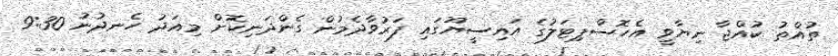
ތުއްތު ކުއްޖާ ނިޔާވީ އެހޮސްޕިޓަލުގެ އައިސީޔޫގައި ފަރުވާދެމުން ގެންދަނިކޮށް މިއަދު ހެނދުނު 9:30